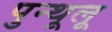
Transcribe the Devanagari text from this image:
पुन्थूलू